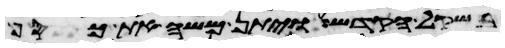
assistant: בשקל הקדש ויתן משה את כסף